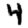
Digit: 4